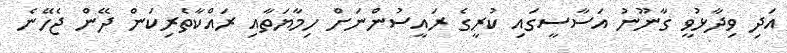
އަދި ވިދާޅުވީ ގާނޫނު އަސާސީގައި ކުރީގެ ރައީސުންނަށް ހިމާޔަތާއި ރައްކާތެރިކަން ދޭން ޖެހޭނެ